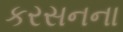
કરસનના